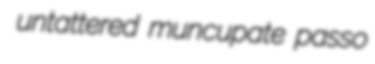
untattered muncupate passo